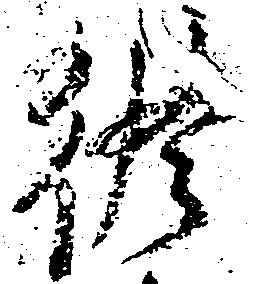
修